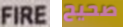
FIRE صحيح